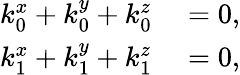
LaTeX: \begin{array}{rl}{k_{0}^{x}+k_{0}^{y}+k_{0}^{z}}&{{}=0,}\\ {k_{1}^{x}+k_{1}^{y}+k_{1}^{z}}&{{}=0,}\end{array}